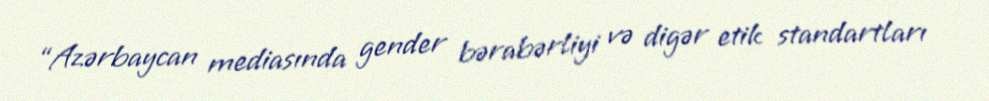
“Azərbaycan mediasında gender bərabərliyi və digər etik standartları